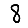
Digit: 8